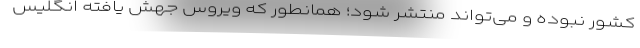
کشور نبوده و می‌تواند منتشر شود؛ همانطور که ویروس جهش یافته انگلیس